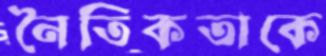
নৈতিকতাকে